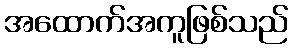
အထောက်အကူဖြစ်သည်